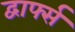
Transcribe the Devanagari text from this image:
द्वार्फ्स